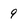
Character: 9